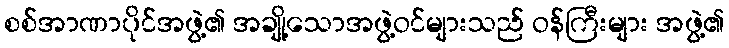
စစ်အာဏာပိုင်အဖွဲ့၏ အချို့သောအဖွဲ့ဝင်များသည် ဝန်ကြီးများ အဖွဲ့၏